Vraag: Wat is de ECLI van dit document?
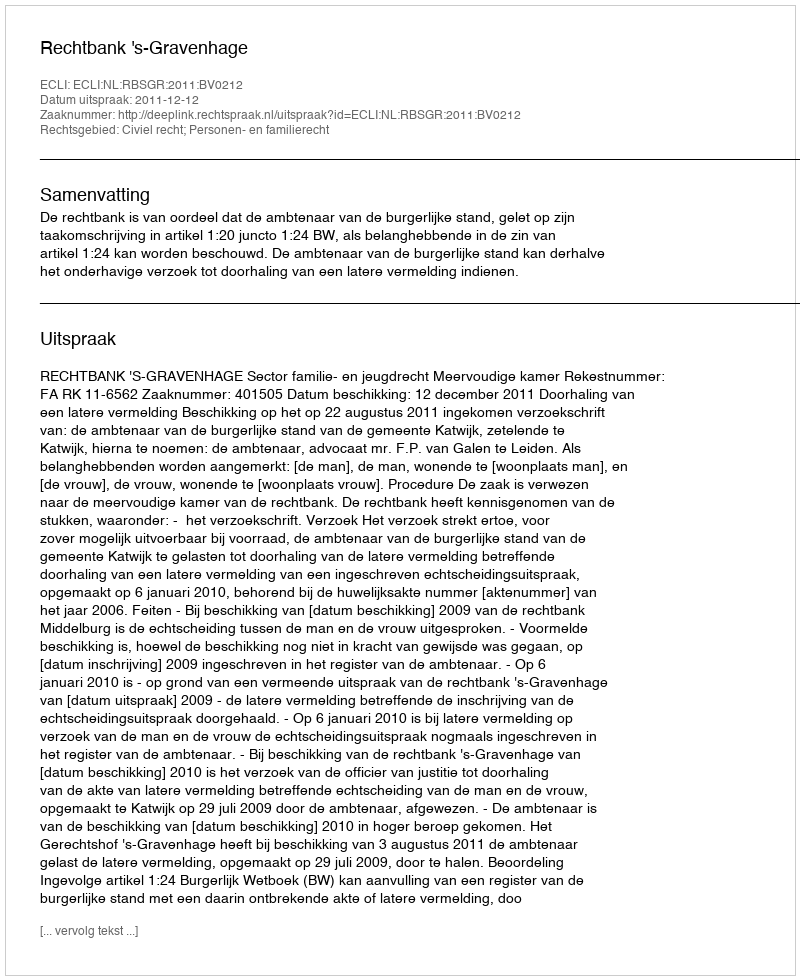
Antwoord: ECLI:NL:RBSGR:2011:BV0212